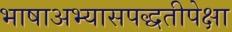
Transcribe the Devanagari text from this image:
भाषाअभ्यासपद्धतीपेक्षा